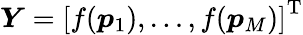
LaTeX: \boldsymbol{Y}=\left[f(\boldsymbol{p}_{1}),\dots,f(\boldsymbol{p}_{M})\right]^{\mathrm{T}}